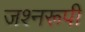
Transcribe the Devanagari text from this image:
जश्नरूपी